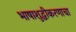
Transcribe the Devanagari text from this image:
भाषाशुद्धीकरणाचा